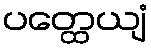
ပတ္ထေယျံ